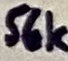
Text: 56k